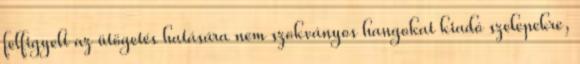
felfigyelt az ütögetés hatására nem szokványos hangokat kiadó szelepekre,